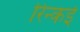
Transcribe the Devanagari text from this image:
रिन्कई